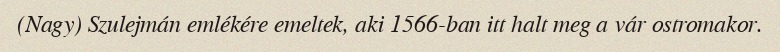
(Nagy) Szulejmán emlékére emeltek, aki 1566-ban itt halt meg a vár ostromakor.